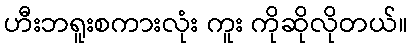
ဟီးဘရူးစကားလုံး ကူး ကိုဆိုလိုတယ်။